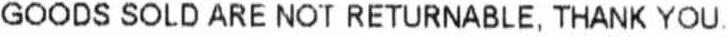
GOODS SOLD ARE NOT RETURNABLE, THANK YOU.